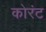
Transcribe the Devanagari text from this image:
कोरंट